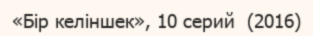
«Бір келіншек», 10 серий  (2016)